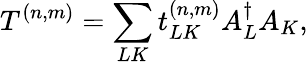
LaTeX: T^{(n,m)}=\sum_{LK}t_{LK}^{(n,m)}A_{L}^{\dagger}A_{K},